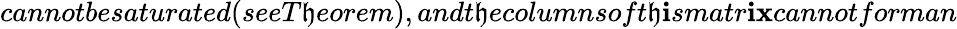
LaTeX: cannotbesaturated(seeT\mathfrak{h}eorem),andt\mathfrak{h}ecolumnsoft\mathfrak{h}\mathbf{i}smatr\mathbf{i}\mathbf{x}cannotforman